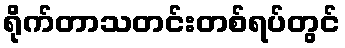
ရိုက်တာသတင်းတစ်ရပ်တွင်